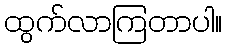
ထွက်လာကြတာပါ။